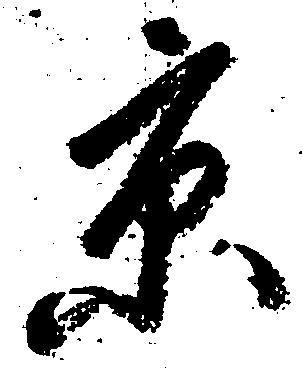
京